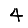
Digit: 4